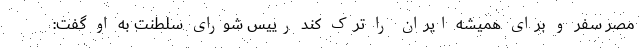
مصر سفر و برای همیشه ایران را ترک کند رییس شورای سلطنت به او گفت: